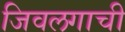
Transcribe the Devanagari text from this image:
जिवलगाची